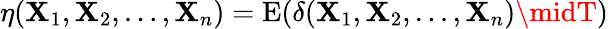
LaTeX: \eta(\mathbf{X}_{1},\mathbf{X}_{2},\ldots,\mathbf{X}_{n})=\operatorname{E}(\delta(\mathbf{X}_{1},\mathbf{X}_{2},\ldots,\mathbf{X}_{n})\midT)